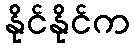
နိုင်နိုင်က